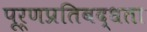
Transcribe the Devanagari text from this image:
पूर्णप्रतिबद्धता